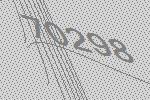
70298